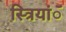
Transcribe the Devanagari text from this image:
स्त्रियांॅ